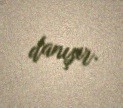
danışır.